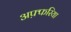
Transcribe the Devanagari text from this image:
अफ़्फरिया